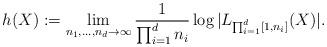
LaTeX: \begin{align*}h(X) := \lim_{n_1, \ldots, n_d \rightarrow \infty} \frac{1}{\prod_{i=1}^d n_i} \log |L_{\prod_{i=1}^d [1,n_i]}(X)|.\end{align*}